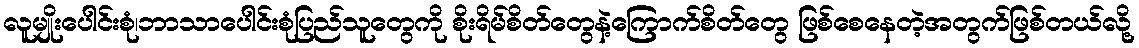
လူမျိုးပေါင်းစုံ၊ဘာသာပေါင်းစုံပြည်သူတွေကို စိုးရိမ်စိတ်တွေနဲ့ကြောက်စိတ်တွေ ဖြစ်စေနေတဲ့အတွက်ဖြစ်တယ်လို့